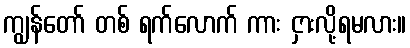
ကျွန်တော် တစ် ရက်လောက် ကား ငှားလို့ရမလား။